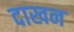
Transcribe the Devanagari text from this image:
दाखन